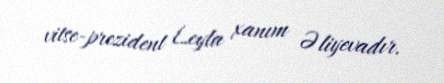
vitse-prezident Leyla xanım Əliyevadır.